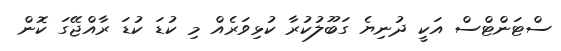
ސްޓަންޓްސް އަކީ ދުނިޔެ ގަބޫލުކުރާ ކުޅިވަރެއް މި ކުޑަ ކުޑަ ރާއްޖޭގަ ކޮން